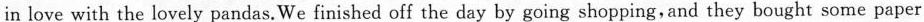
in love with the lovely pandas.We finished off the day by going shopping, and they bought some paper